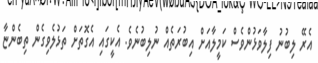
އެރޭ ލިބުނު ފިލާވަޅުންވެސް ކަމީލާއަށް އިބުރަތެއް ނުލިބުނެވެ. އެކީގައި އެގޮތަށް ތަޅުލެވިގެން ތިބެންޏާ